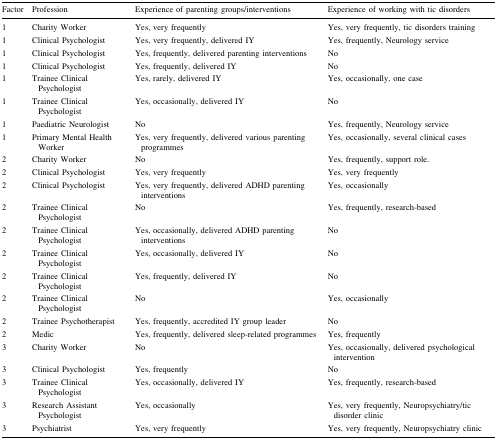
<table><thead><tr><td><b>Factor</b></td><td><b>Profession</b></td><td><b>Experience of parenting groups/interventions</b></td><td><b>Experience of working with tic disorders</b></td></tr></thead><tbody><tr><td>1</td><td>Charity Worker</td><td>Yes, very frequently</td><td>Yes, very frequently, tic disorders training</td></tr><tr><td>1</td><td>Clinical Psychologist</td><td>Yes, very frequently, delivered IY</td><td>Yes, frequently, Neurology service</td></tr><tr><td>1</td><td>Clinical Psychologist</td><td>Yes, frequently, delivered parenting interventions</td><td>No</td></tr><tr><td>1</td><td>Clinical Psychologist</td><td>Yes, frequently, delivered IY</td><td>No</td></tr><tr><td>1</td><td>Trainee Clinical Psychologist</td><td>Yes, rarely, delivered IY</td><td>Yes, occasionally, one case</td></tr><tr><td>1</td><td>Trainee Clinical Psychologist</td><td>Yes, occasionally, delivered IY</td><td>No</td></tr><tr><td>1</td><td>Paediatric Neurologist</td><td>No</td><td>Yes, frequently, Neurology service</td></tr><tr><td>1</td><td>Primary Mental Health Worker</td><td>Yes, very frequently, delivered various parenting programmes</td><td>Yes, occasionally, several clinical cases</td></tr><tr><td>2</td><td>Charity Worker</td><td>No</td><td>Yes, frequently, support role.</td></tr><tr><td>2</td><td>Clinical Psychologist</td><td>Yes, very frequently</td><td>Yes, very frequently</td></tr><tr><td>2</td><td>Clinical Psychologist</td><td>Yes, very frequently, delivered ADHD parenting interventions</td><td>Yes, occasionally</td></tr><tr><td>2</td><td>Trainee Clinical Psychologist</td><td>No</td><td>Yes, frequently, research-based</td></tr><tr><td>2</td><td>Trainee Clinical Psychologist</td><td>Yes, occasionally, delivered ADHD parenting interventions</td><td>No</td></tr><tr><td>2</td><td>Trainee Clinical Psychologist</td><td>Yes, occasionally, delivered IY</td><td>No</td></tr><tr><td>2</td><td>Trainee Clinical Psychologist</td><td>Yes, frequently, delivered IY</td><td>No</td></tr><tr><td>2</td><td>Trainee Clinical Psychologist</td><td>No</td><td>Yes, occasionally</td></tr><tr><td>2</td><td>Trainee Psychotherapist</td><td>Yes, frequently, accredited IY group leader</td><td>No</td></tr><tr><td>2</td><td>Medic</td><td>Yes, frequently, delivered sleep-related programmes</td><td>Yes, frequently</td></tr><tr><td>3</td><td>Charity Worker</td><td>No</td><td>Yes, occasionally, delivered psychological intervention</td></tr><tr><td>3</td><td>Clinical Psychologist</td><td>Yes, frequently</td><td>No</td></tr><tr><td>3</td><td>Trainee Clinical Psychologist</td><td>Yes, occasionally, delivered IY</td><td>Yes, frequently, research-based</td></tr><tr><td>3</td><td>Research Assistant Psychologist</td><td>Yes, occasionally</td><td>Yes, very frequently, Neuropsychiatry/tic disorder clinic</td></tr><tr><td>3</td><td>Psychiatrist</td><td>Yes, very frequently</td><td>Yes, very frequently, Neuropsychiatry clinic</td></tr></tbody></table>